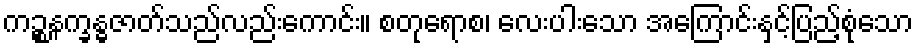
ကဉ္စနက္ခန္ဓဇာတ်သည်လည်းကောင်း။ စတုရောစ၊ လေးပါးသော အကြောင်းနှင့်ပြည့်စုံသော